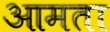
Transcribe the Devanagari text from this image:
आमता